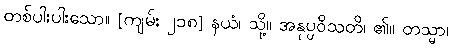
တစ်ပါးပါးသော။ [ကျမ်း ၂၁၈] နယံ၊ သို့။ အနုပ္ပဝိသတိ၊ ၏။ တသ္မာ၊